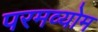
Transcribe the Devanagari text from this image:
परमव्योम